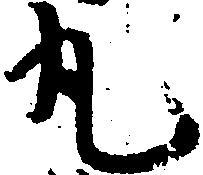
丸